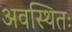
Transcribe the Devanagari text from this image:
अवस्थितः